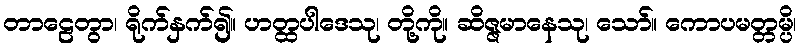
တာဠေတွာ၊ ရိုက်နှက်၍။ ဟတ္ထပါဒေသု၊ တို့ကို။ ဆိဇ္ဇမာနေသု၊ သော်။ ကောပမတ္တမ္ပိ၊